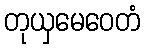
တုယှမေဝေတံ